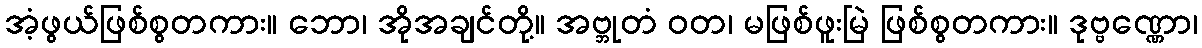
အံ့ဖွယ်ဖြစ်စွတကား။ ဘော၊ အိုအချင်တို့။ အဗ္ဘုတံ ဝတ၊ မဖြစ်ဖူးမြဲ ဖြစ်စွတကား။ ဒုဗ္ဗဏ္ဏော၊